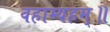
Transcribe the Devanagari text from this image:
वहाम्यहम्॥